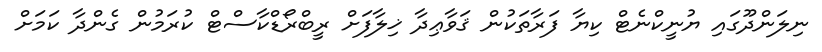
ނިލަންދޫގައި ޔުނީކްނެޓް ކިޔާ ފަރާތަކުން ޤަވާޢިދާ ޚިލާފަށް ރީބްރޯޑްކާސްޓް ކުރަމުން ގެންދާ ކަމަށް